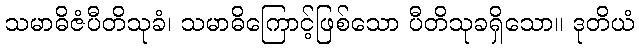
သမာဓိဇံပီတိသုခံ၊ သမာဓိကြောင့်ဖြစ်သော ပီတိသုခရှိသော။ ဒုတိယံ